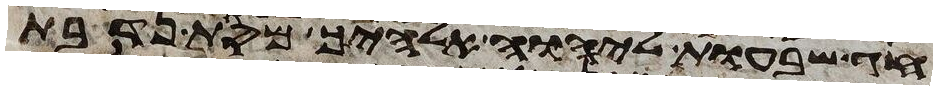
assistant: חג שבעות ליהוה אלהיך מסת נדבת